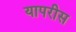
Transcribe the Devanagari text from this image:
यापरीस